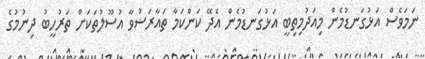
ނަމަވެސް އަޅުގަނޑުމެން މިއަދުމިތިބީ އަޅުގަނޑުމެން އެދޭ ކަންކަމާ ތައާރަޟުވާ އުސޫލުތަކަށް ތަރުހީބު ދިނުމުގެ